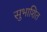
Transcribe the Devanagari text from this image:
सुभाशित